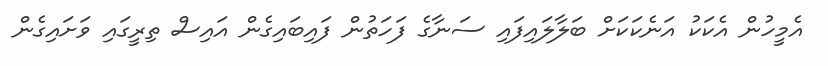
އެމީހުން އެކަކު އަނެކަކަށް ބަލާލައިފައި ސަނާގެ ފަހަތުން ފައިބައިގެން އައިސް ތިރީގައި ވަށައިގެން